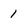
Character: 1